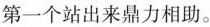
第一个站出来鼎力相助。